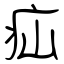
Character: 疝